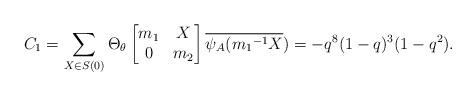
LaTeX: \begin{align*} C_1=\sum_{X \in S(0)}\Theta_{\theta} \begin{bmatrix} m_1 & X\\ 0 & m_2\end{bmatrix}\overline{\psi_A({m_1}^{-1}X})=-q^{8}(1-q)^3(1-q^2).\end{align*}